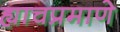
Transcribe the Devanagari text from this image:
ह्याचप्रमाणे